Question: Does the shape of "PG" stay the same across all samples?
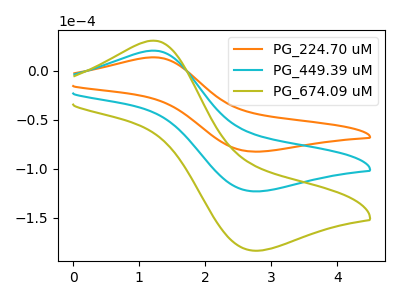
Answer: <think>The orange curve "PG_224.70 uM" has an anodic peak at (1.20V, 13.85uA) and a cathodic peak at (2.70V, -82.45uA). The cyan curve "PG_449.39 uM" has an anodic peak at (1.20V, 20.70uA) and a cathodic peak at (2.70V, -123.00uA). The olive curve "PG_674.09 uM" has an anodic peak at (1.20V, 41.40uA) and a cathodic peak at (2.70V, -246.00uA).
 All the peaks in "PG_224.70 uM" have a peak in "PG_449.39 uM" at the same potential. Every peak in "PG_224.70 uM" is lower than every peak in "PG_449.39 uM". All the peaks in "PG_224.70 uM" have a peak in "PG_674.09 uM" at the same potential. Every peak in "PG_224.70 uM" is lower than every peak in "PG_674.09 uM". All the peaks in "PG_449.39 uM" have a peak in "PG_674.09 uM" at the same potential. Every peak in "PG_449.39 uM" is lower than every peak in "PG_674.09 uM".</think>
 <answer>All the CV's of "PG" have similar shape.</answer>
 <eval>follow_rule</eval>